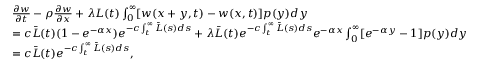
\begin{array} { r l } & { \frac { \partial w } { \partial t } - \rho \frac { \partial w } { \partial x } + \lambda L ( t ) \int _ { 0 } ^ { \infty } [ w ( x + y , t ) - w ( x , t ) ] p ( y ) d y } \\ & { = c \bar { L } ( t ) ( 1 - e ^ { - \alpha x } ) e ^ { - c \int _ { t } ^ { \infty } \bar { L } ( s ) d s } + \lambda \bar { L } ( t ) e ^ { - c \int _ { t } ^ { \infty } \bar { L } ( s ) d s } e ^ { - \alpha x } \int _ { 0 } ^ { \infty } [ e ^ { - \alpha y } - 1 ] p ( y ) d y } \\ & { = c \bar { L } ( t ) e ^ { - c \int _ { t } ^ { \infty } \bar { L } ( s ) d s } , } \end{array}